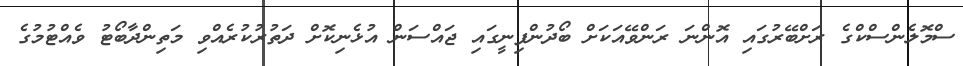
ސްމޮލެންސްކްގެ ރަށްބޭރުގައި އޮންނަ ރަންވޭއަކަށް ބޯދުންފިނީގައި ޖައްސަން އުޅެނިކޮށް ދަތުރުކުރެއްވި މަތިންދާބޯޓު ވެއްޓުމުގެ